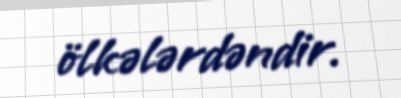
ölkələrdəndir.